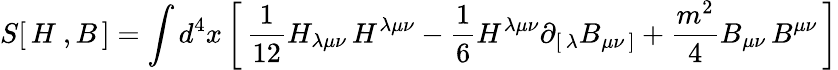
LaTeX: S[\, H\ ,B\, ]=\int d^{4}x\left[\, {\frac{1}{12}}H_{\lambda\mu\nu}\, H^{\lambda\mu\nu}-{\frac{1}{6}}H^{\lambda\mu\nu}\partial_{[\, \lambda}B_{\mu\nu\, ]}+{\frac{m^{2}}{4}}B_{\mu\nu}\, B^{\mu\nu}\, \right]